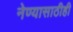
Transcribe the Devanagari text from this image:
नेण्यासाठीही